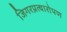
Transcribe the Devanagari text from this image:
जिगरप्रत्यारोपण